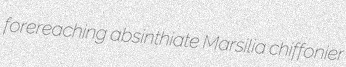
forereaching absinthiate Marsilia chiffonier